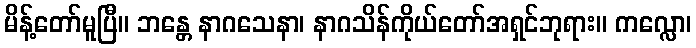
မိန့်တော်မူပြီ။ ဘန္တေ နာဂသေနာ၊ နာဂသိန်ကိုယ်တော်အရှင်ဘုရား။ ကလ္လော၊